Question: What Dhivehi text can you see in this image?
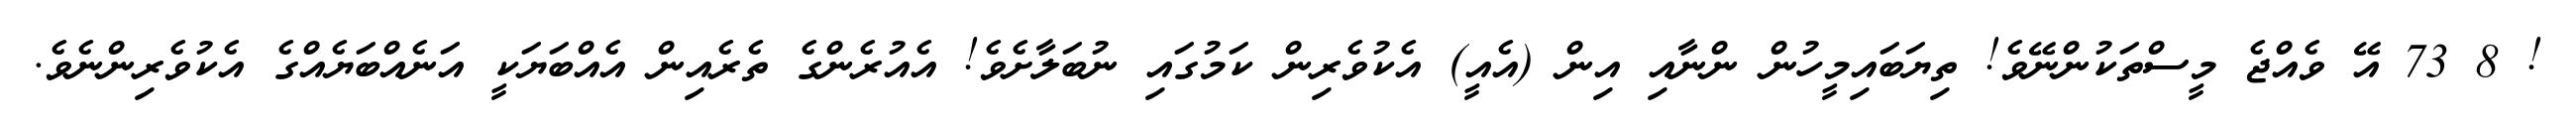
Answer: ! 8 73 އޭ ވެއްޖެ މީސްތަކުންނޭވެ! ތިޔަބައިމީހުން ންނާއި އިން (އެއީ) އެކުވެރިން ކަމުގައި ނުބަލާށެވެ! އެއުރެންގެ ތެރެއިން އެއްބަޔަކީ އަނެއްބަޔެއްގެ އެކުވެރިންނެވެ.